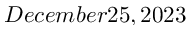
\today